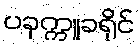
ပခုက္ကူခရိုင်